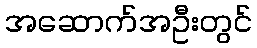
အဆောက်အဦးတွင်